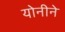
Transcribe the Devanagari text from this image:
योनीने